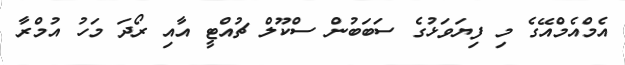
އެމްއެމްއޭގެ މި ފިޔަވަޅުގެ ސަބަބުން ސްކޫލް ޗުއްޓީ އާއި ރޯދަ މަހު އުމްރާ